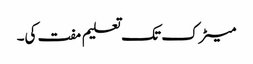
میٹرک تک تعلیم مفت کی۔